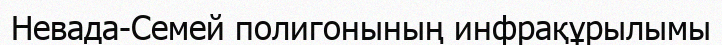
Невада-Семей полигонының инфрақұрылымы